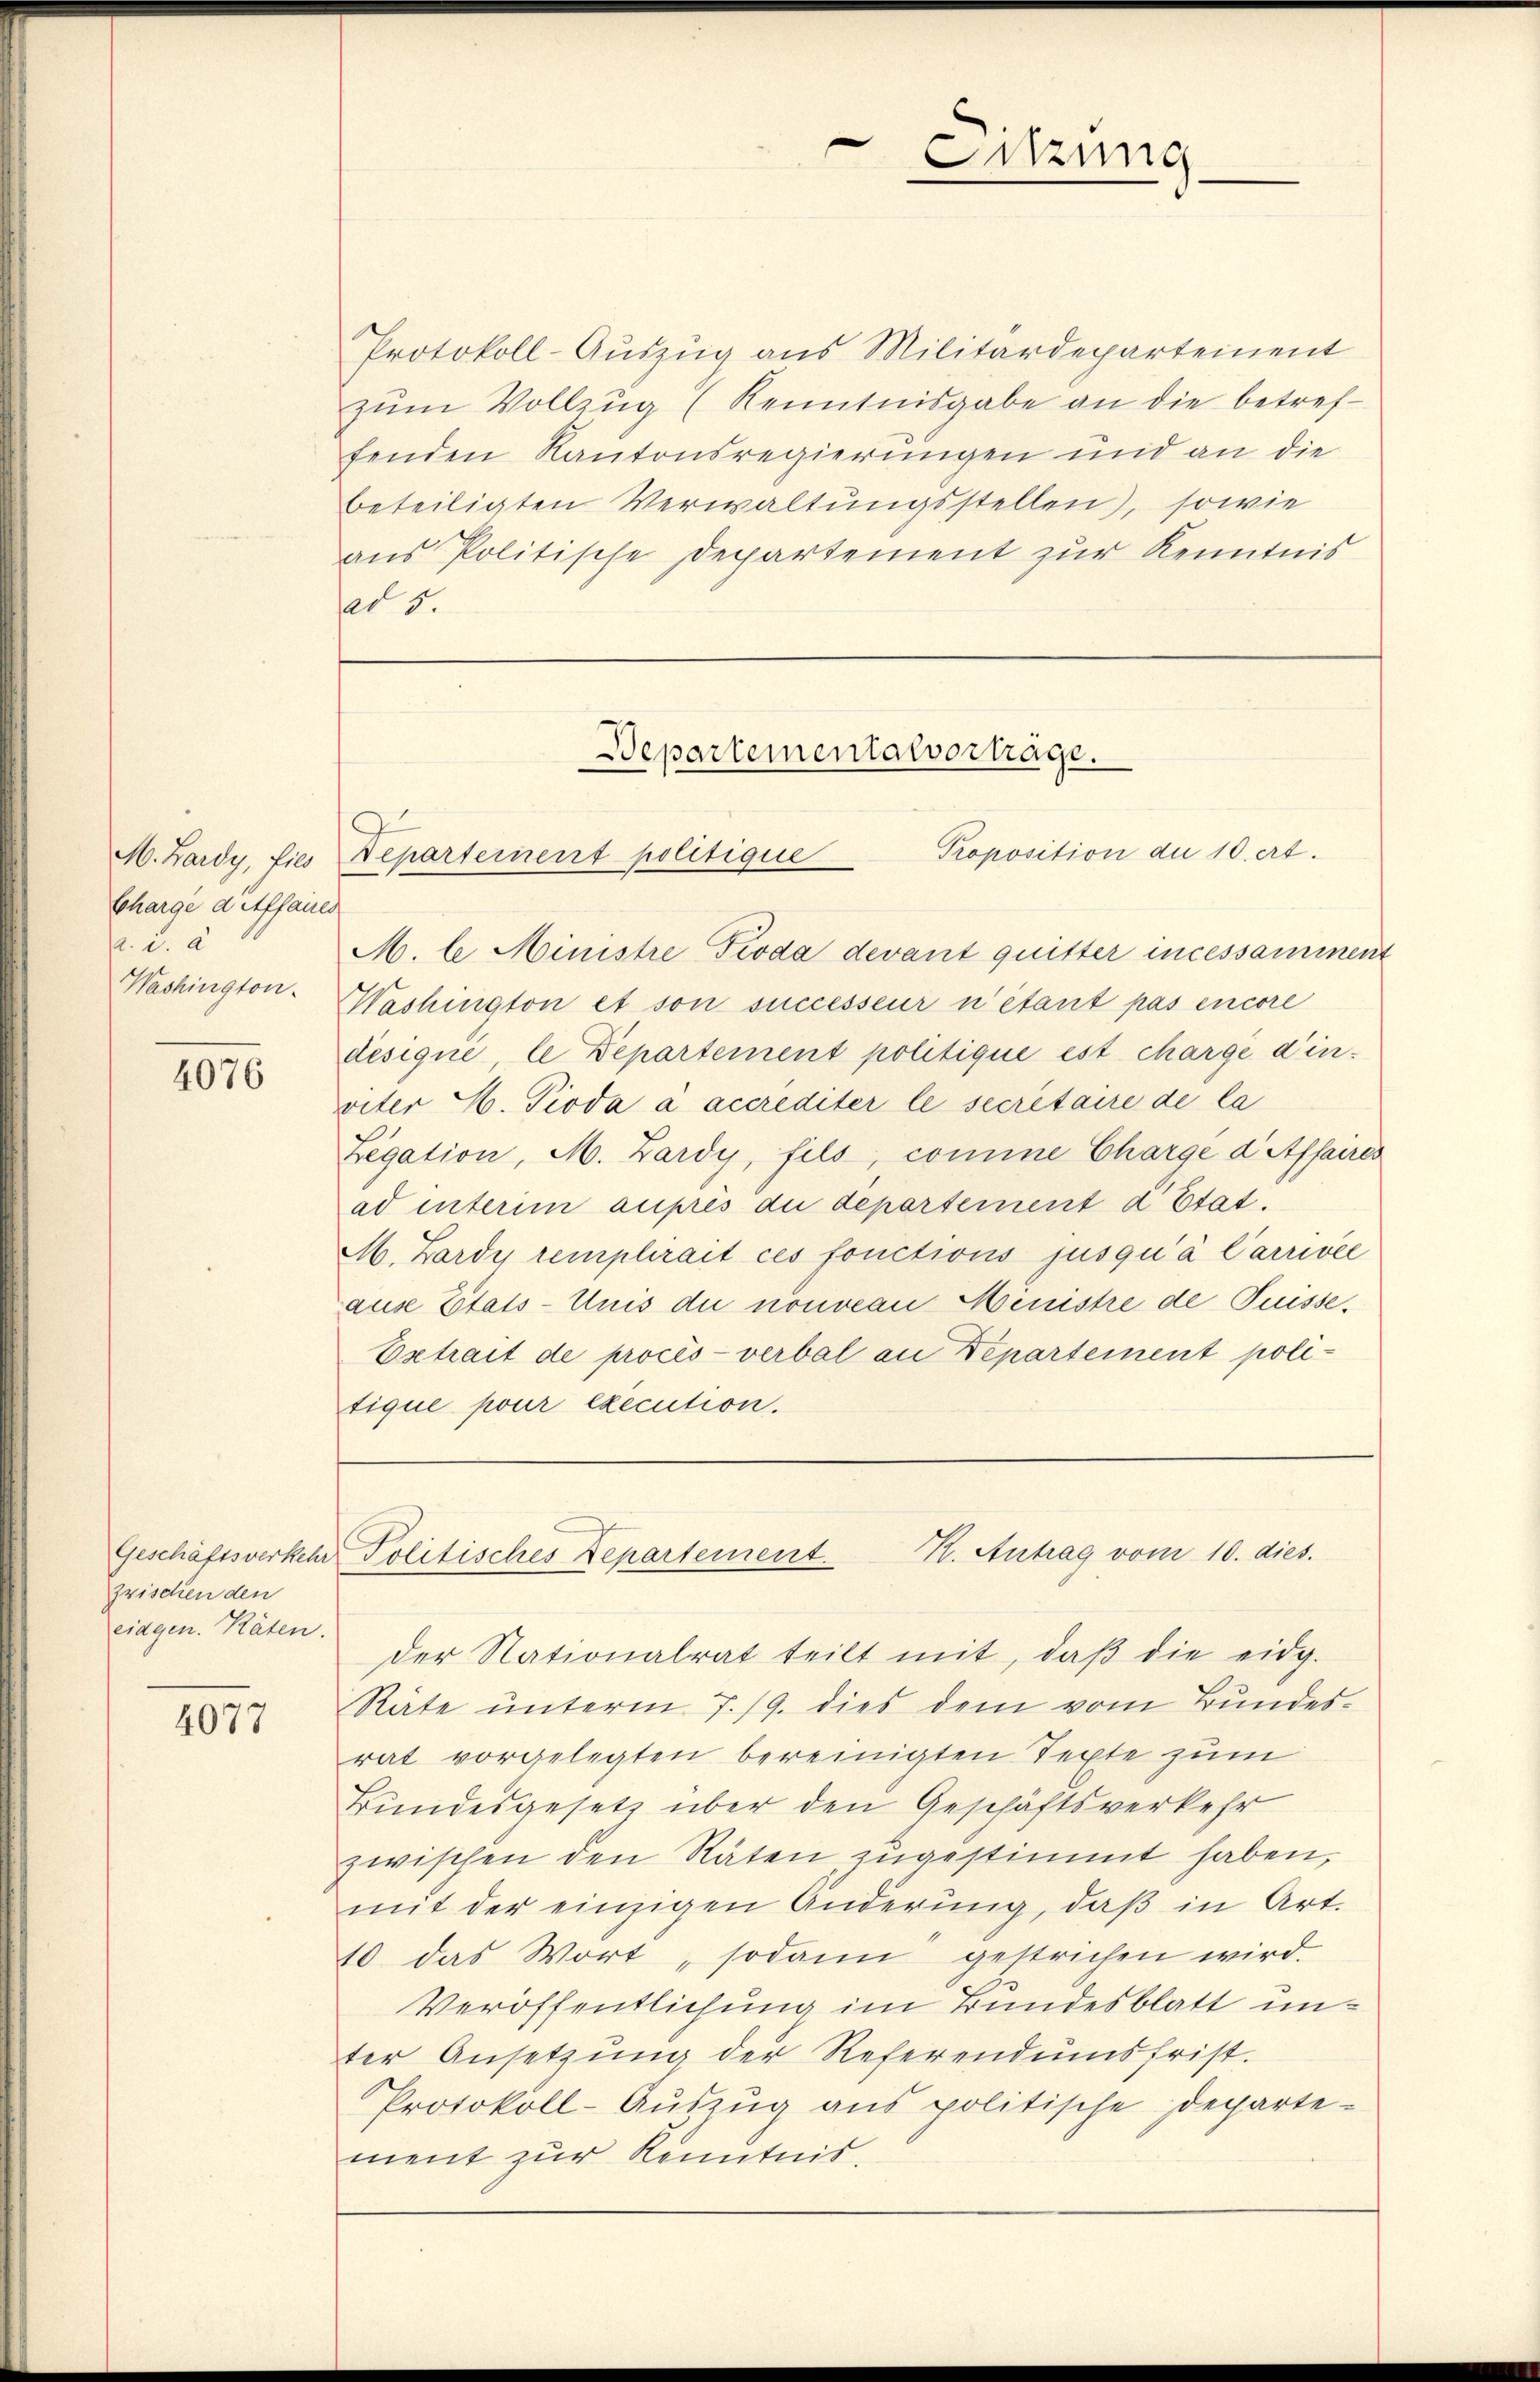
Charge d Affaires
a. a. a.
Washington

4076

zrischen den
eidgen. Räten.

4077

Protokoll-Auszug aus Militärdepartement
zŭm Vollzŭg (Kenntnisgabe an die betreffenden Kantonsregierungen und an die
beteiligten Verwaltungsstellen), sowie
aus Politische Departement zur Kenntnis
ad 5.

Proposition der 10. et.
M. Lardy, fie Departement politique
M. le Ministre Pioda devant quitter incessamment
Washington et son successeur n’étant pas encore
designe, le Departement politique est charge d’inviter E. Pioda à accrediter le secretaire de la
Legation, M. Zardy, fils, comme Charge d’Affaires
ad unterim auprès du departement d’Etat.
M. Lardy remplirait ces fonctions jusqu’à Carrivée
aus Etats-Unis du nouveau Ministre de Puisse,
Estrait de procès-verbal an Departement politique pour execution.
Geschäftsverkehr Politisches Departement. K. Antrag vom 10. dies.
der Nationalrat teilt mit, daβ die eidg.
Räte unterm 7./9. dies dem vom Bundes-
rat vorgelegten bereinigten Texte zum
Bundesgesetz über den Geschäftsverkehr
zwischen den Raten zugestimmt haben,
mit der einzigen Anderung, daβ in Art.
10 das Wort, sodann gestrichen wird.
Veröffentlichung im Bundesblatt unter Ansetzŭng der Referendumsfrist.
Protokoll-Auszug aus politische Departement zur Kenntnis.

Departementarvorträge.

Sitzung